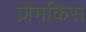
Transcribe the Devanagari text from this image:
ज़ेमकिस